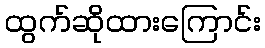
ထွက်ဆိုထားကြောင်း